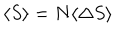
LaTeX: \langle S \rangle = N \langle \Delta S \rangle